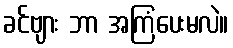
ခင်ဗျား ဘာ အကြံပေးမလဲ။